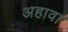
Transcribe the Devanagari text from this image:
अहावा